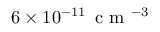
6 \times 1 0 ^ { - 1 1 } \, \mathrm { ~ c ~ m ~ } ^ { - 3 }